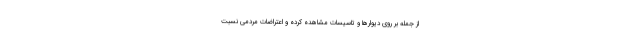
از جمله بر روی دیوارها و تاسیسات مشاهده کرده و اعتراضات مردمی نسبت